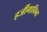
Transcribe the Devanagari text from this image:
हर्जीगाविना